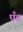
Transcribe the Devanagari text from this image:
एँड